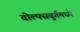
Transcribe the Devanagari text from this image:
वोल्फ्सबुर्गमध्ये